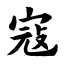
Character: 寇